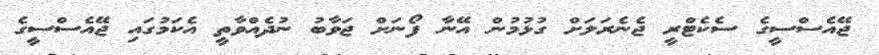
ޖޭއެސްސީގެ ސެކެޓްރީ ޖެނެރަލަށް ގުޅުމުން އޭނާ ފޯނަށް ޖަވާބު ނުދެއްވާތީ އެކަމުގައި ޖޭއެސްސީގެ